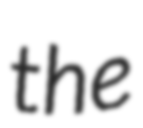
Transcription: the